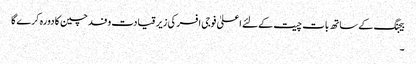
بیجنگ کے ساتھ بات چیت کےلئے اعلیٰ فوجی افسر کی زیر قیادت وفد چین کا دورہ کرے گا
۔